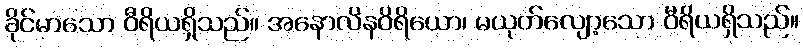
ခိုင်မာသော ဝီရိယရှိသည်။ အနောလိနဝိရိယော၊ မယုတ်လျော့သော ဝီရိယရှိသည်။